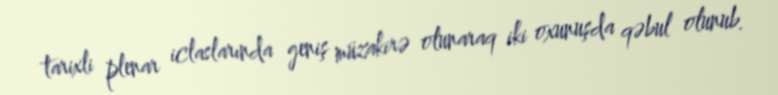
tarixli plenar iclaslarında geniş müzakirə olunaraq iki oxunuşda qəbul olunub.